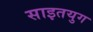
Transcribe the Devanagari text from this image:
साइतयुग